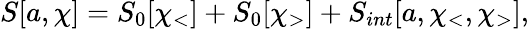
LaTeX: S[a,\chi]=S_{0}[\chi_{<}]+S_{0}[\chi_{>}]+S_{int}[a,\chi_{<},\chi_{>}],